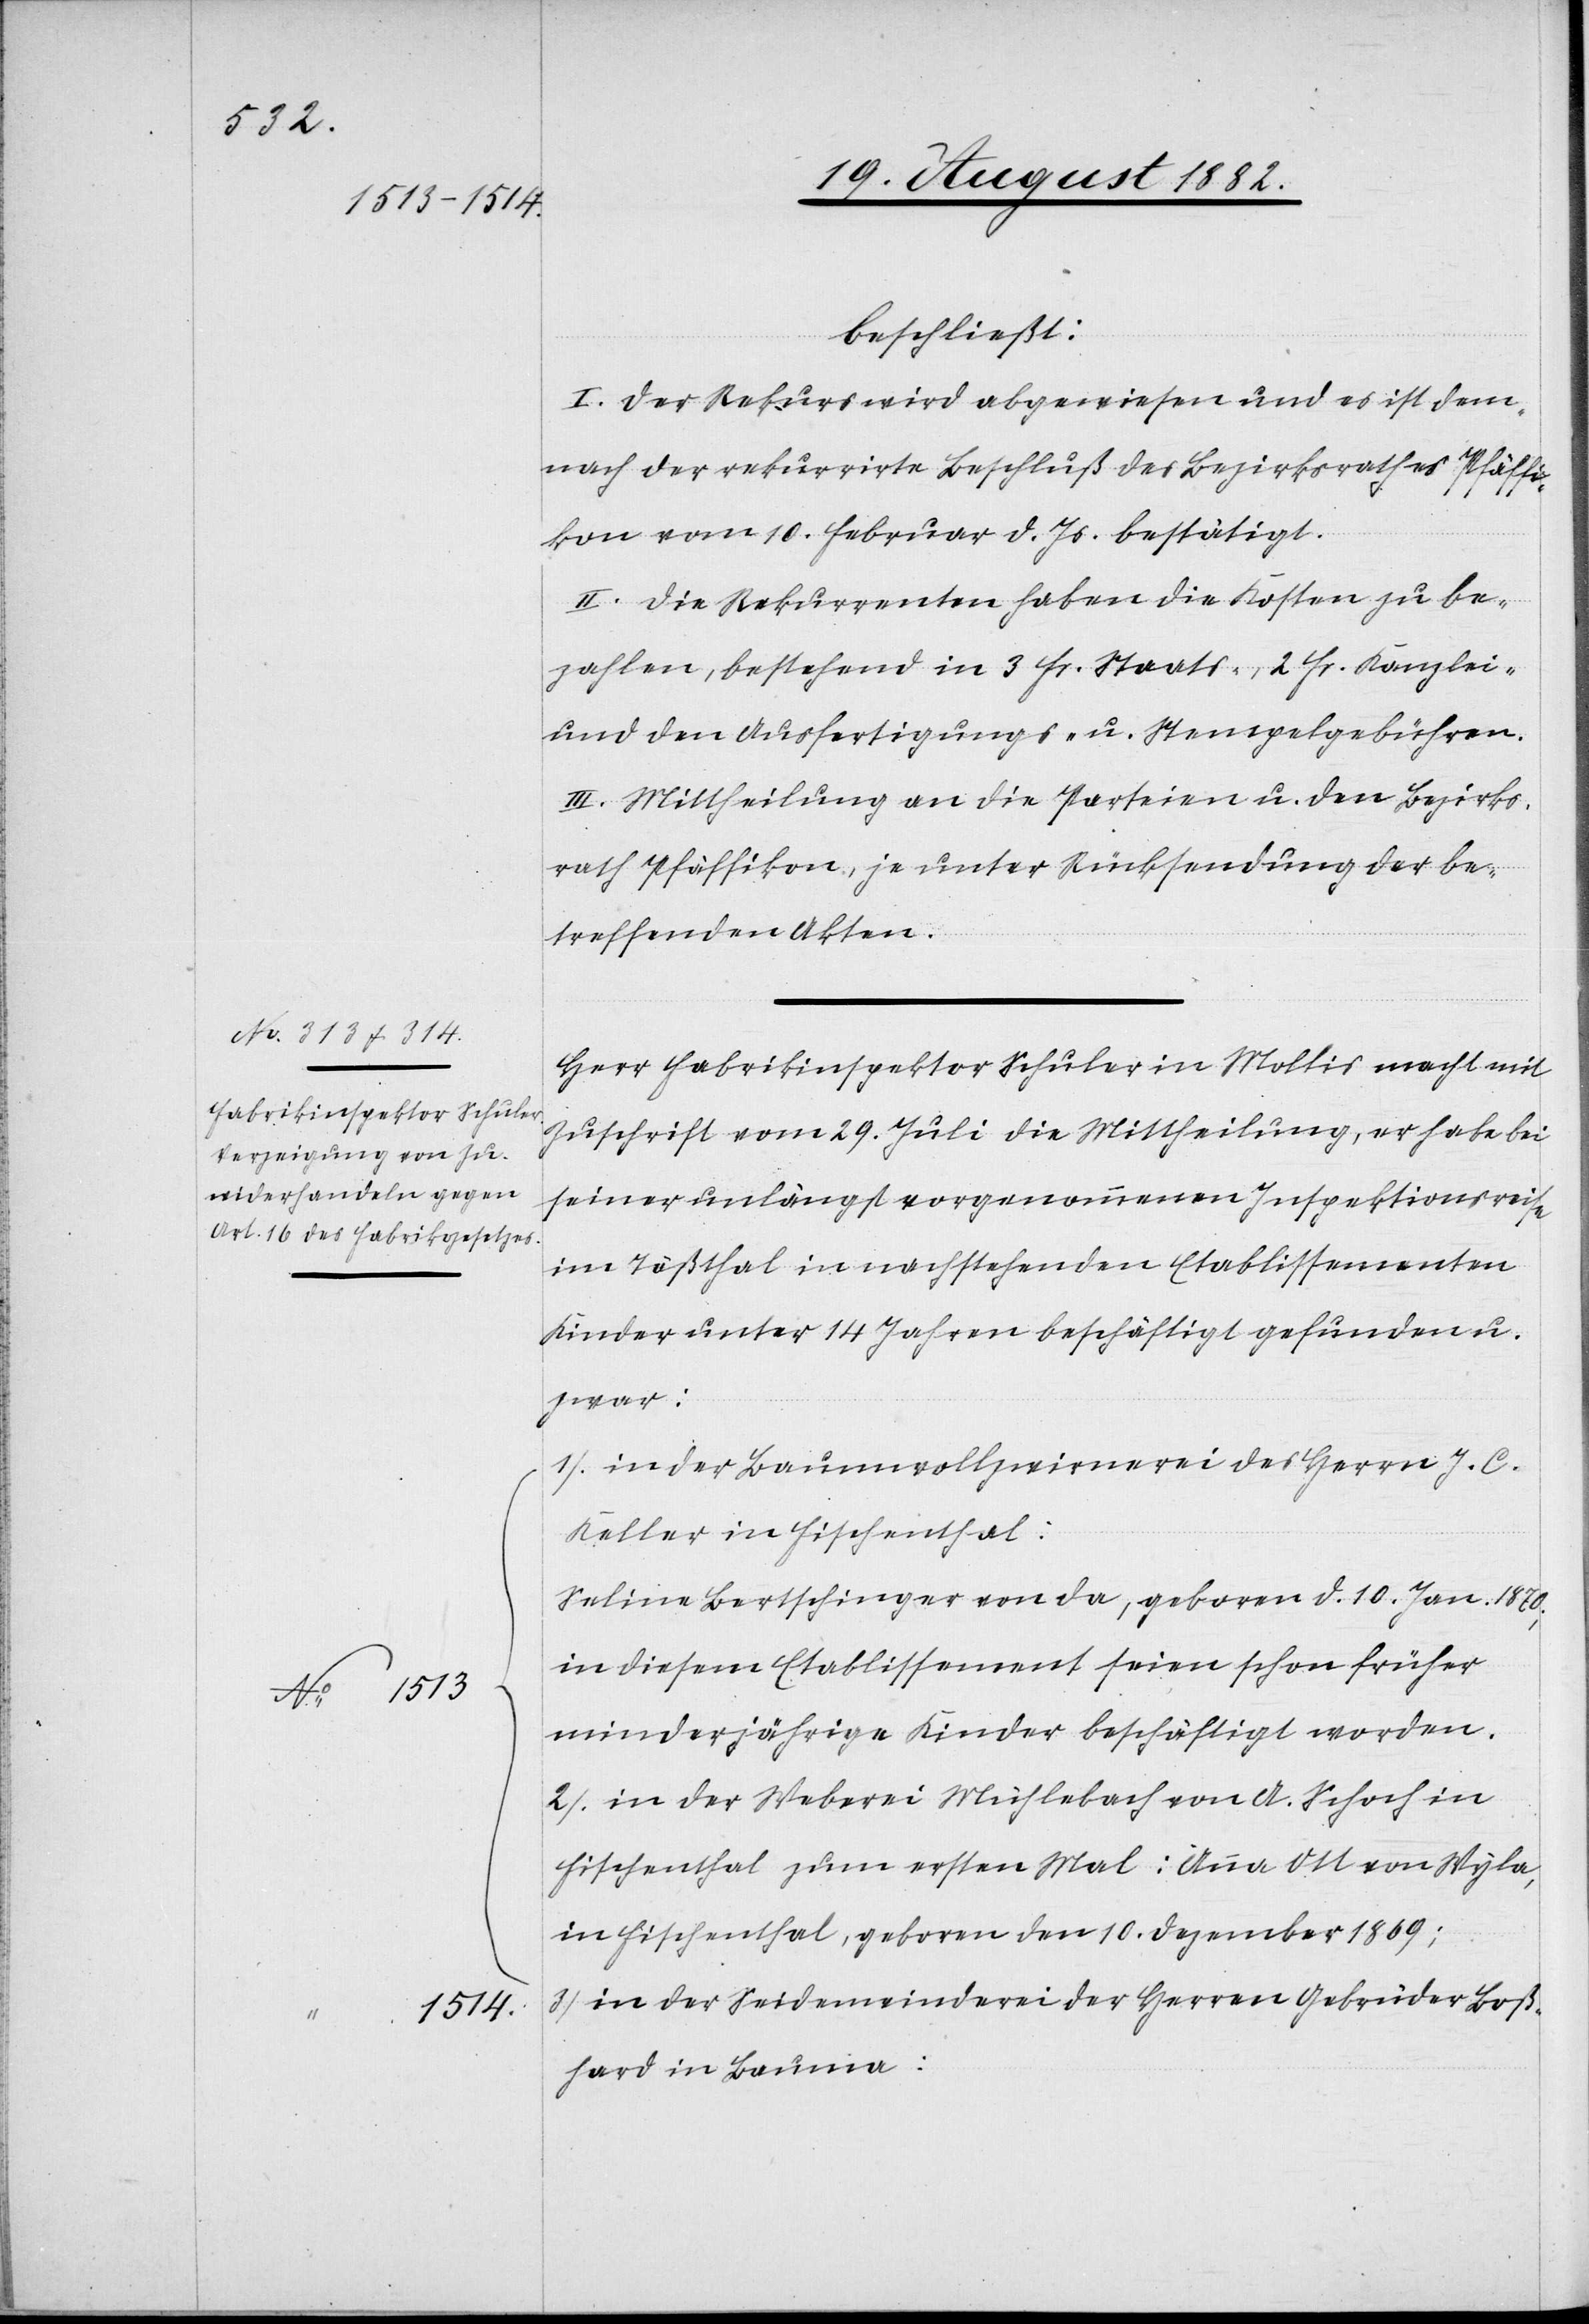
beschließt:
I. Der Rekurs wird abgewiesen und es ist dem¬
nach der rekurrirte Beschluß des Bezirksrathes Pfäffi¬
kon vom 10. Februar d. Js. bestätigt.
II. Die Rekurrenten haben die Kosten zu be¬
zahlen, bestehend in 3 Fr. Staats-, 2 Fr. Kanzlei-
und den Ausfertigungs- u. Stempelgebühren.
III. Mittheilung an die Parteien u. den Bezirks¬
rath Pfäffikon, je unter Rücksendung der be¬
treffenden Akten.
Herr Fabrikinspektor Schuler in Mollis macht mit
Zuschrift vom 29. Juli die Mittheilung, er habe bei
seiner unlängst vorgenommenen Inspektionsreise
im Tößthal in nachstehenden Etablissementen
Kinder unter 14 Jahren beschäftigt gefunden u.
zwar:
1). in der Baumwollzwirnerei des Herrn J. C.
Keller in Fischenthal:
Seline Bertschinger von da, geboren d. 10. Jan. 1870;
in diesem Etablissement seien schon früher
minderjährige Kinder beschäftigt worden.
2). in der Weberei Mühlebach von A. Schoch in
Fischenthal zum ersten Mal: Anna Ott von Wyla,
in Fischenthal, geboren den 10. Dezember 1869;
in der Seidenwinderei der Herren Gebrüder Boß¬
hard in Bauma::